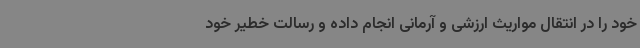
خود را در انتقال مواریث ارزشی و آرمانی انجام داده و رسالت خطیر خود